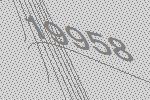
19958